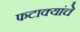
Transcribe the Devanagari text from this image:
फटाक्यांचे